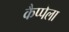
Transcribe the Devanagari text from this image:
कैप्पेला